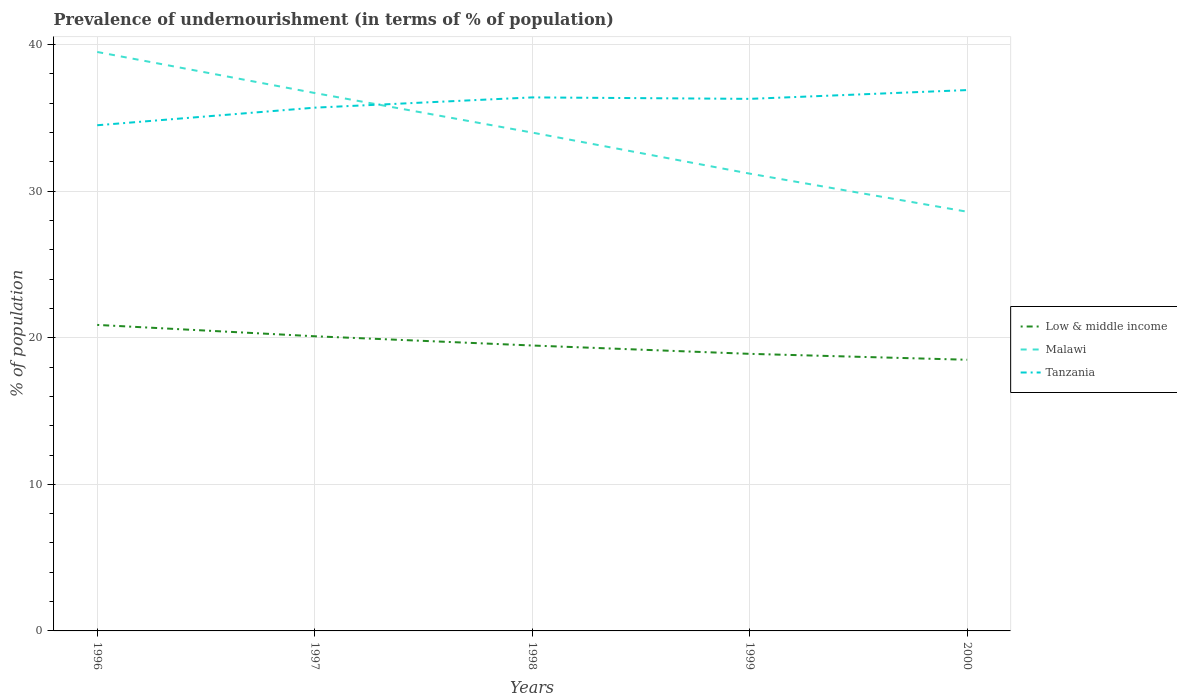
| Years | Low & middle income | Malawi | Tanzania |
 | --- | --- | --- | --- |
 | 1996 | 20.9 | 39.5 | 34.5 |
 | 1997 | 20.1 | 36.7 | 35.7 |
 | 1998 | 19.5 | 34 | 36.4 |
 | 1999 | 18.9 | 31.2 | 36.3 |
 | 2000 | 18.5 | 28.6 | 36.9 |